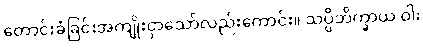
တောင်းခံခြင်းအကျိုးငှာသော်လည်းကောင်း။ သပ္ပိဘိက္ခာယ ဝါ၊